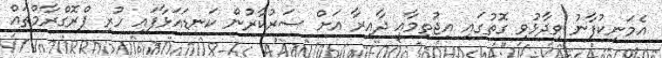
އެމަނިކުފާނު ވިދާޅުވި ގޮތުގައި އިޖުތިމާއީ ދާއިރާ އަށް ސަރުކާރުން ކަނޑައަޅާފައި ހުރި ޕްރޮގްރާމްތައް